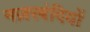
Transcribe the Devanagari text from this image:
नज़रबंदियों